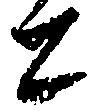
と